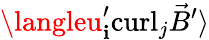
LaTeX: {\langleu_{\mathbf{i}}^{\prime}\mathrm{{curl}}_{j}{\vec{{B}}}^{\prime}\rangle}